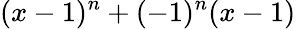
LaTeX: (x-1)^{n}+(-1)^{n}(x-1)